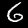
Digit: 6